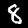
Label: 8